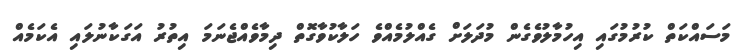
މަސައްކަތް ކުރުމުގައި އިހުމާލުވެގެން މުދަލަށް ގެއްލުމެއްވެ ހަލާކުވާގޮތް ދިމާވެއްޖެނަމަ އިތުރު އަގަކާނުލައި އެކަމެއް